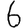
Digit: 6